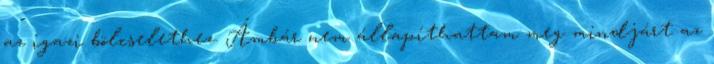
az igazi bölcselethez. Ámbár nem állapíthattam meg mindjárt az